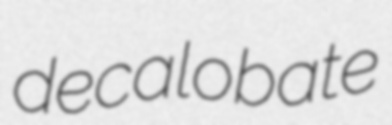
decalobate